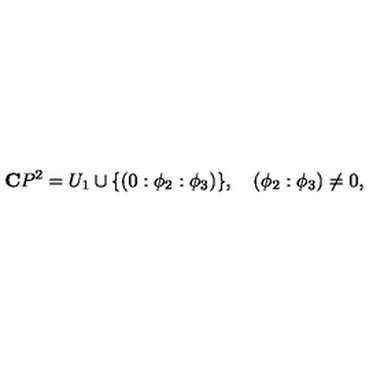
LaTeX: { \bf C } P ^ { 2 } = U _ { 1 } \cup \{ ( 0 : \phi _ { 2 } : \phi _ { 3 } ) \} , \quad ( \phi _ { 2 } : \phi _ { 3 } ) \not = 0 ,